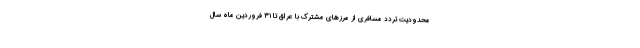
محدودیت تردد مسافری از مرزهای مشترک با عراق تا ۳۱ فروردین ماه سال